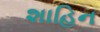
શાહિન